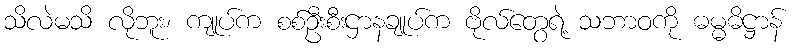
သိလဲမသိ လိုဘူး၊ ကျုပ်က စစ်ဦးစီးဌာနချုပ်က ဗိုလ်တွေရဲ့ သဘာဝကို ဓမ္မဓိဋ္ဌာန်